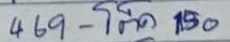
469 - โต๊ด 150